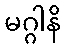
မဂ္ဂါနိ